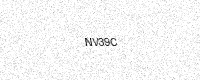
Text: NV39C